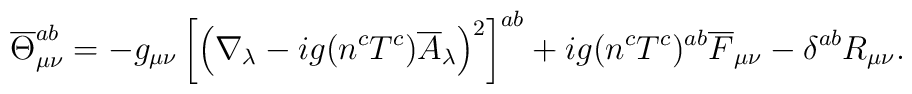
\overline{\Theta}_{\mu \nu}^{a b}= -g_{\mu\nu} \left[\left( \nabla_{\lambda} -i g(n^c T^c)\overline{A}_{\lambda} \right)^2\right]^{a b}+ig (n^c T^c)^{a b} \overline{F}_{\mu \nu} -\delta^{a b} R_{\mu \nu} .